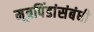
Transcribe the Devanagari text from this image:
मूत्रपिंडांसंबंधी